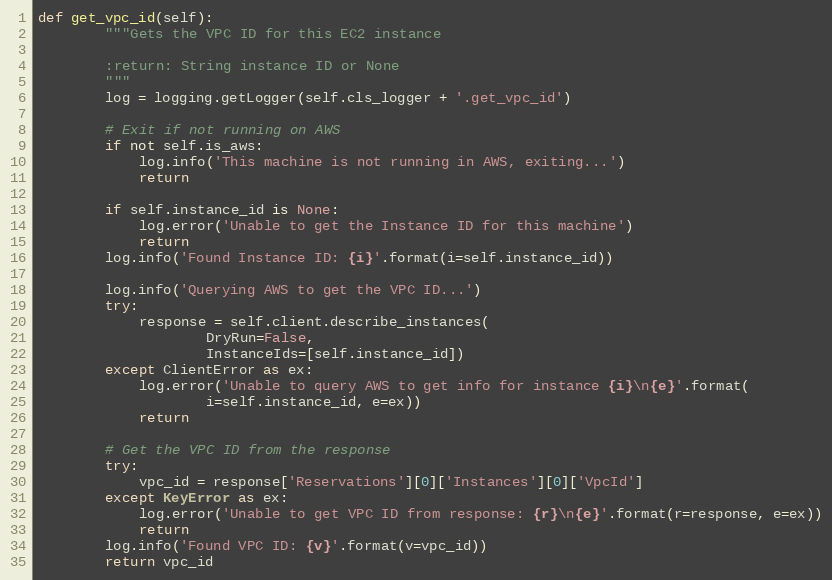
Language: Python
def get_vpc_id(self):
        """Gets the VPC ID for this EC2 instance

        :return: String instance ID or None
        """
        log = logging.getLogger(self.cls_logger + '.get_vpc_id')

        # Exit if not running on AWS
        if not self.is_aws:
            log.info('This machine is not running in AWS, exiting...')
            return

        if self.instance_id is None:
            log.error('Unable to get the Instance ID for this machine')
            return
        log.info('Found Instance ID: {i}'.format(i=self.instance_id))

        log.info('Querying AWS to get the VPC ID...')
        try:
            response = self.client.describe_instances(
                    DryRun=False,
                    InstanceIds=[self.instance_id])
        except ClientError as ex:
            log.error('Unable to query AWS to get info for instance {i}\n{e}'.format(
                    i=self.instance_id, e=ex))
            return

        # Get the VPC ID from the response
        try:
            vpc_id = response['Reservations'][0]['Instances'][0]['VpcId']
        except KeyError as ex:
            log.error('Unable to get VPC ID from response: {r}\n{e}'.format(r=response, e=ex))
            return
        log.info('Found VPC ID: {v}'.format(v=vpc_id))
        return vpc_id